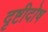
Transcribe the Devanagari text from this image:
दृष्टीदोष